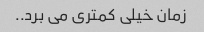
زمان خیلی کمتری می برد..